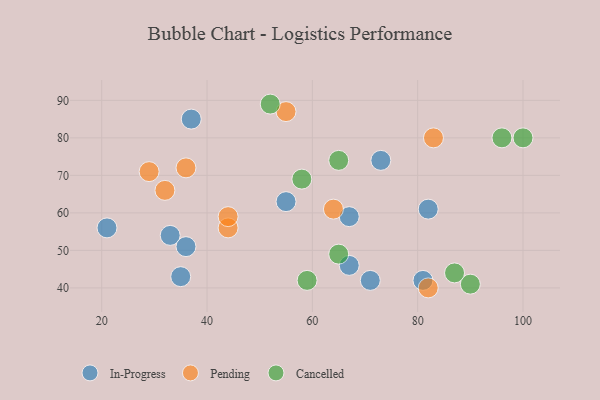
{"axis": {"x": "GDP", "y": "Life Expectancy"}, "legend": ["Cancelled", "In-Progress", "Pending"], "data": [{"x": "67", "y": 46, "type": "In-Progress"}, {"x": "67", "y": 59, "type": "In-Progress"}, {"x": "82", "y": 61, "type": "In-Progress"}, {"x": "21", "y": 56, "type": "In-Progress"}, {"x": "33", "y": 54, "type": "In-Progress"}, {"x": "71", "y": 42, "type": "In-Progress"}, {"x": "73", "y": 74, "type": "In-Progress"}, {"x": "55", "y": 63, "type": "In-Progress"}, {"x": "37", "y": 85, "type": "In-Progress"}, {"x": "81", "y": 42, "type": "In-Progress"}, {"x": "36", "y": 51, "type": "In-Progress"}, {"x": "35", "y": 43, "type": "In-Progress"}, {"x": "44", "y": 56, "type": "Pending"}, {"x": "36", "y": 72, "type": "Pending"}, {"x": "32", "y": 66, "type": "Pending"}, {"x": "83", "y": 80, "type": "Pending"}, {"x": "55", "y": 87, "type": "Pending"}, {"x": "44", "y": 59, "type": "Pending"}, {"x": "82", "y": 40, "type": "Pending"}, {"x": "64", "y": 61, "type": "Pending"}, {"x": "29", "y": 71, "type": "Pending"}, {"x": "59", "y": 42, "type": "Cancelled"}, {"x": "52", "y": 89, "type": "Cancelled"}, {"x": "90", "y": 41, "type": "Cancelled"}, {"x": "96", "y": 80, "type": "Cancelled"}, {"x": "65", "y": 74, "type": "Cancelled"}, {"x": "58", "y": 69, "type": "Cancelled"}, {"x": "65", "y": 49, "type": "Cancelled"}, {"x": "87", "y": 44, "type": "Cancelled"}, {"x": "100", "y": 80, "type": "Cancelled"}]}